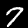
Digit: 7